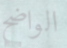
الواضح